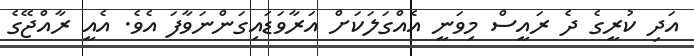
އަދި ކުރީގެ ދެ ރައީސް މިވަނީ އެއްގަލަކަށް އަރާވަޑައިގަންނަވާފަ އެވެ. އެއީ ރާއްޖޭގެ